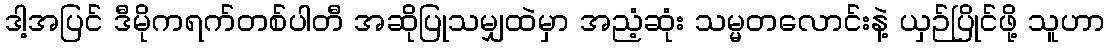
ဒါ့အပြင် ဒီမိုကရက်တစ်ပါတီ အဆိုပြုသမျှထဲမှာ အညံ့ဆုံး သမ္မတလောင်းနဲ့ ယှဉ်ပြိုင်ဖို့ သူဟာ